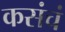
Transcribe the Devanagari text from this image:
कसंचं